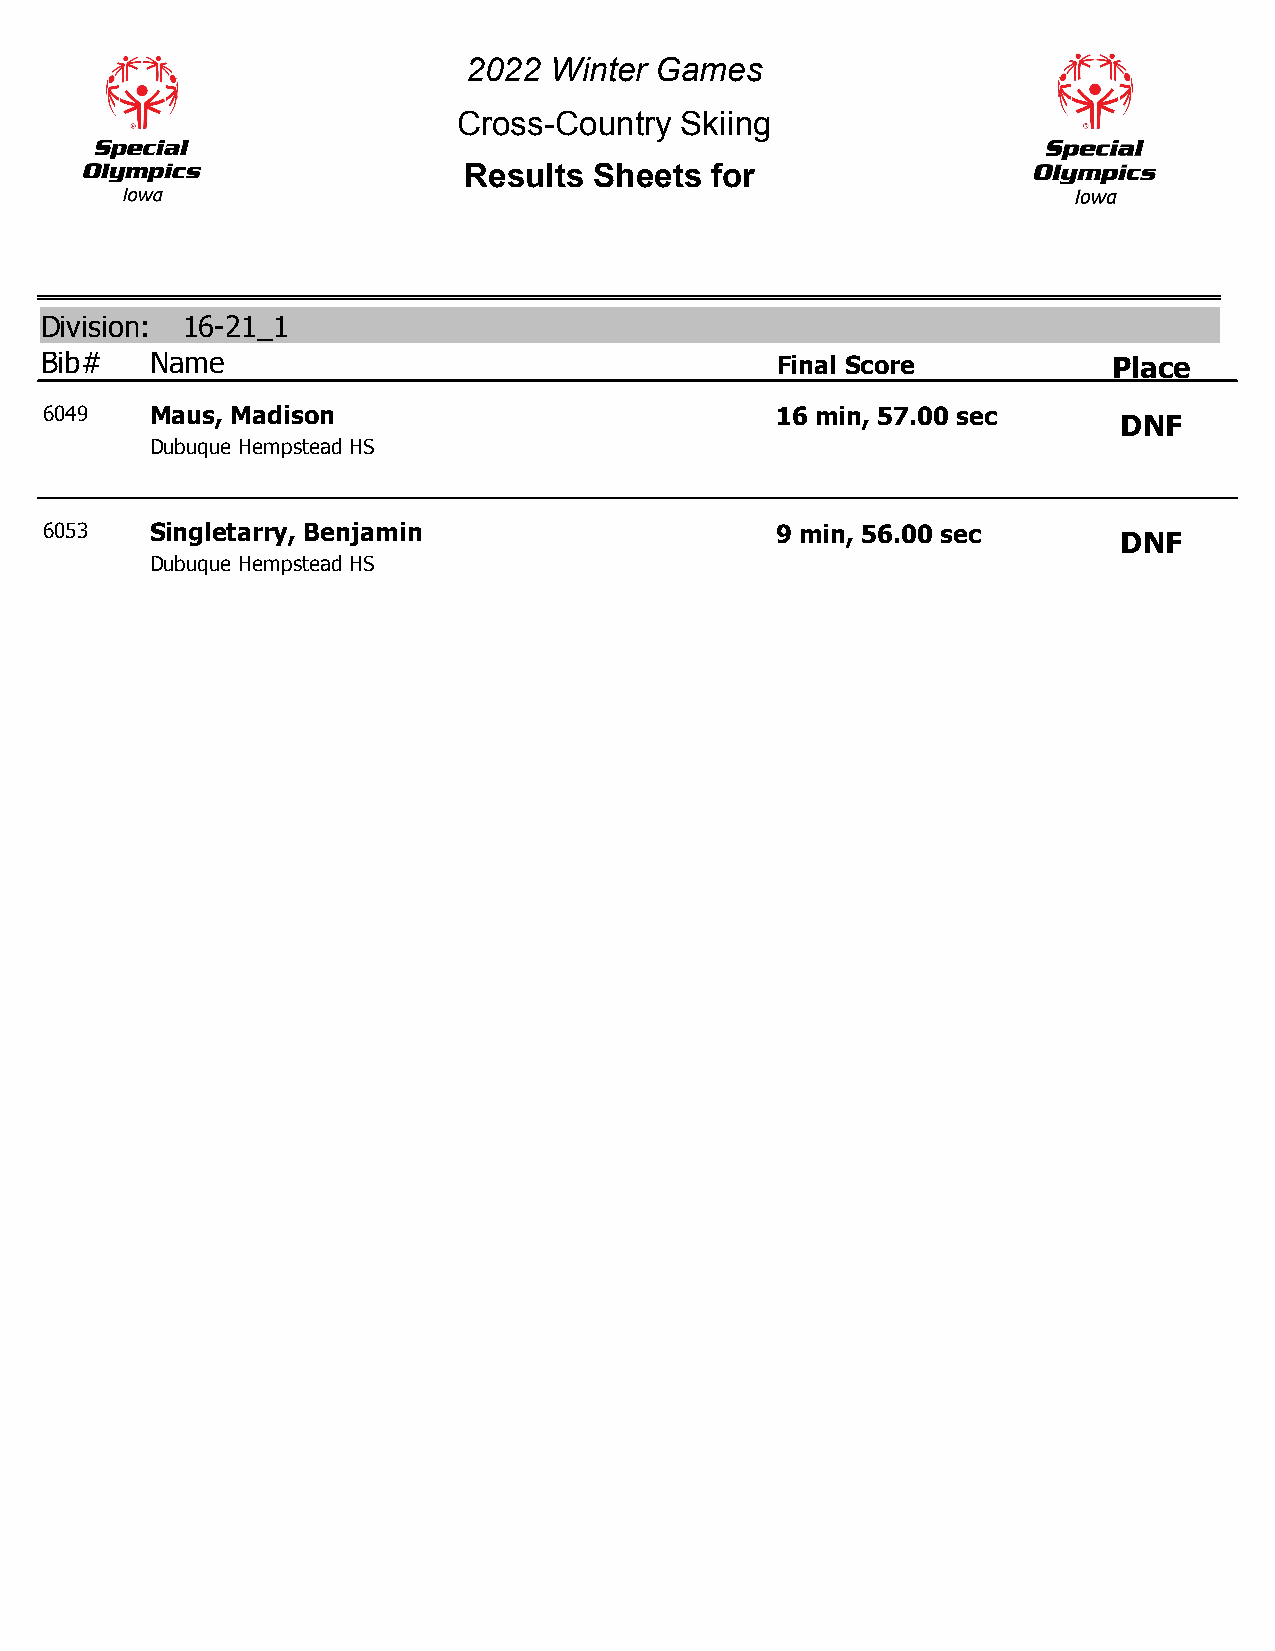
2022 Winter Games
 Cross-Country  Skiing
 Results Sheets  for
 Division: 16-21_1
 Bib#   Name                                     Final Score            Place
 6049   Maus, Madison                            16 min, 57.00 sec
 DNF
 Dubuque Hempstead HS
 6053   Singletarry, Benjamin                    9 min, 56.00 sec
 DNF
 Dubuque Hempstead HS